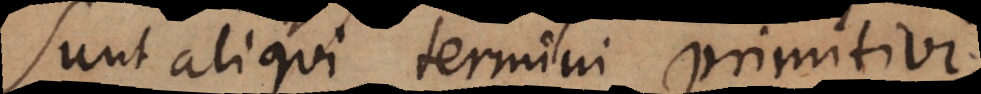
Sunt aliqui termini primitivi